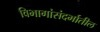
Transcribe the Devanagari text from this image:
विभागांसंदर्भातील